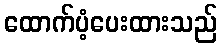
ထောက်ပံ့ပေးထားသည်